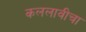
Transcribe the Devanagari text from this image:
कललावीचा